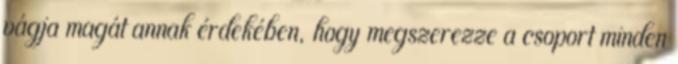
vágja magát annak érdekében, hogy megszerezze a csoport minden